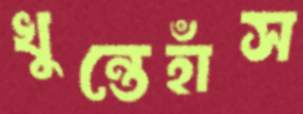
খুন্তেহাঁস